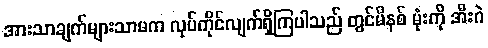
အားသာချက်များသာမက လုပ်ကိုင်လျက်ရှိကြပါသည် တွင်မိနစ် မုံးကို အီးဂဲ